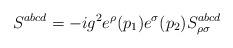
LaTeX: \begin{align*}S^{abcd}=-ig^2e^\rho (p_1)e^\sigma (p_2)S_{\rho \sigma }^{abcd}\end{align*}